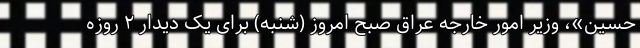
حسین»، وزیر امور خارجه عراق صبح امروز (شنبه) برای یک دیدار ۲ روزه